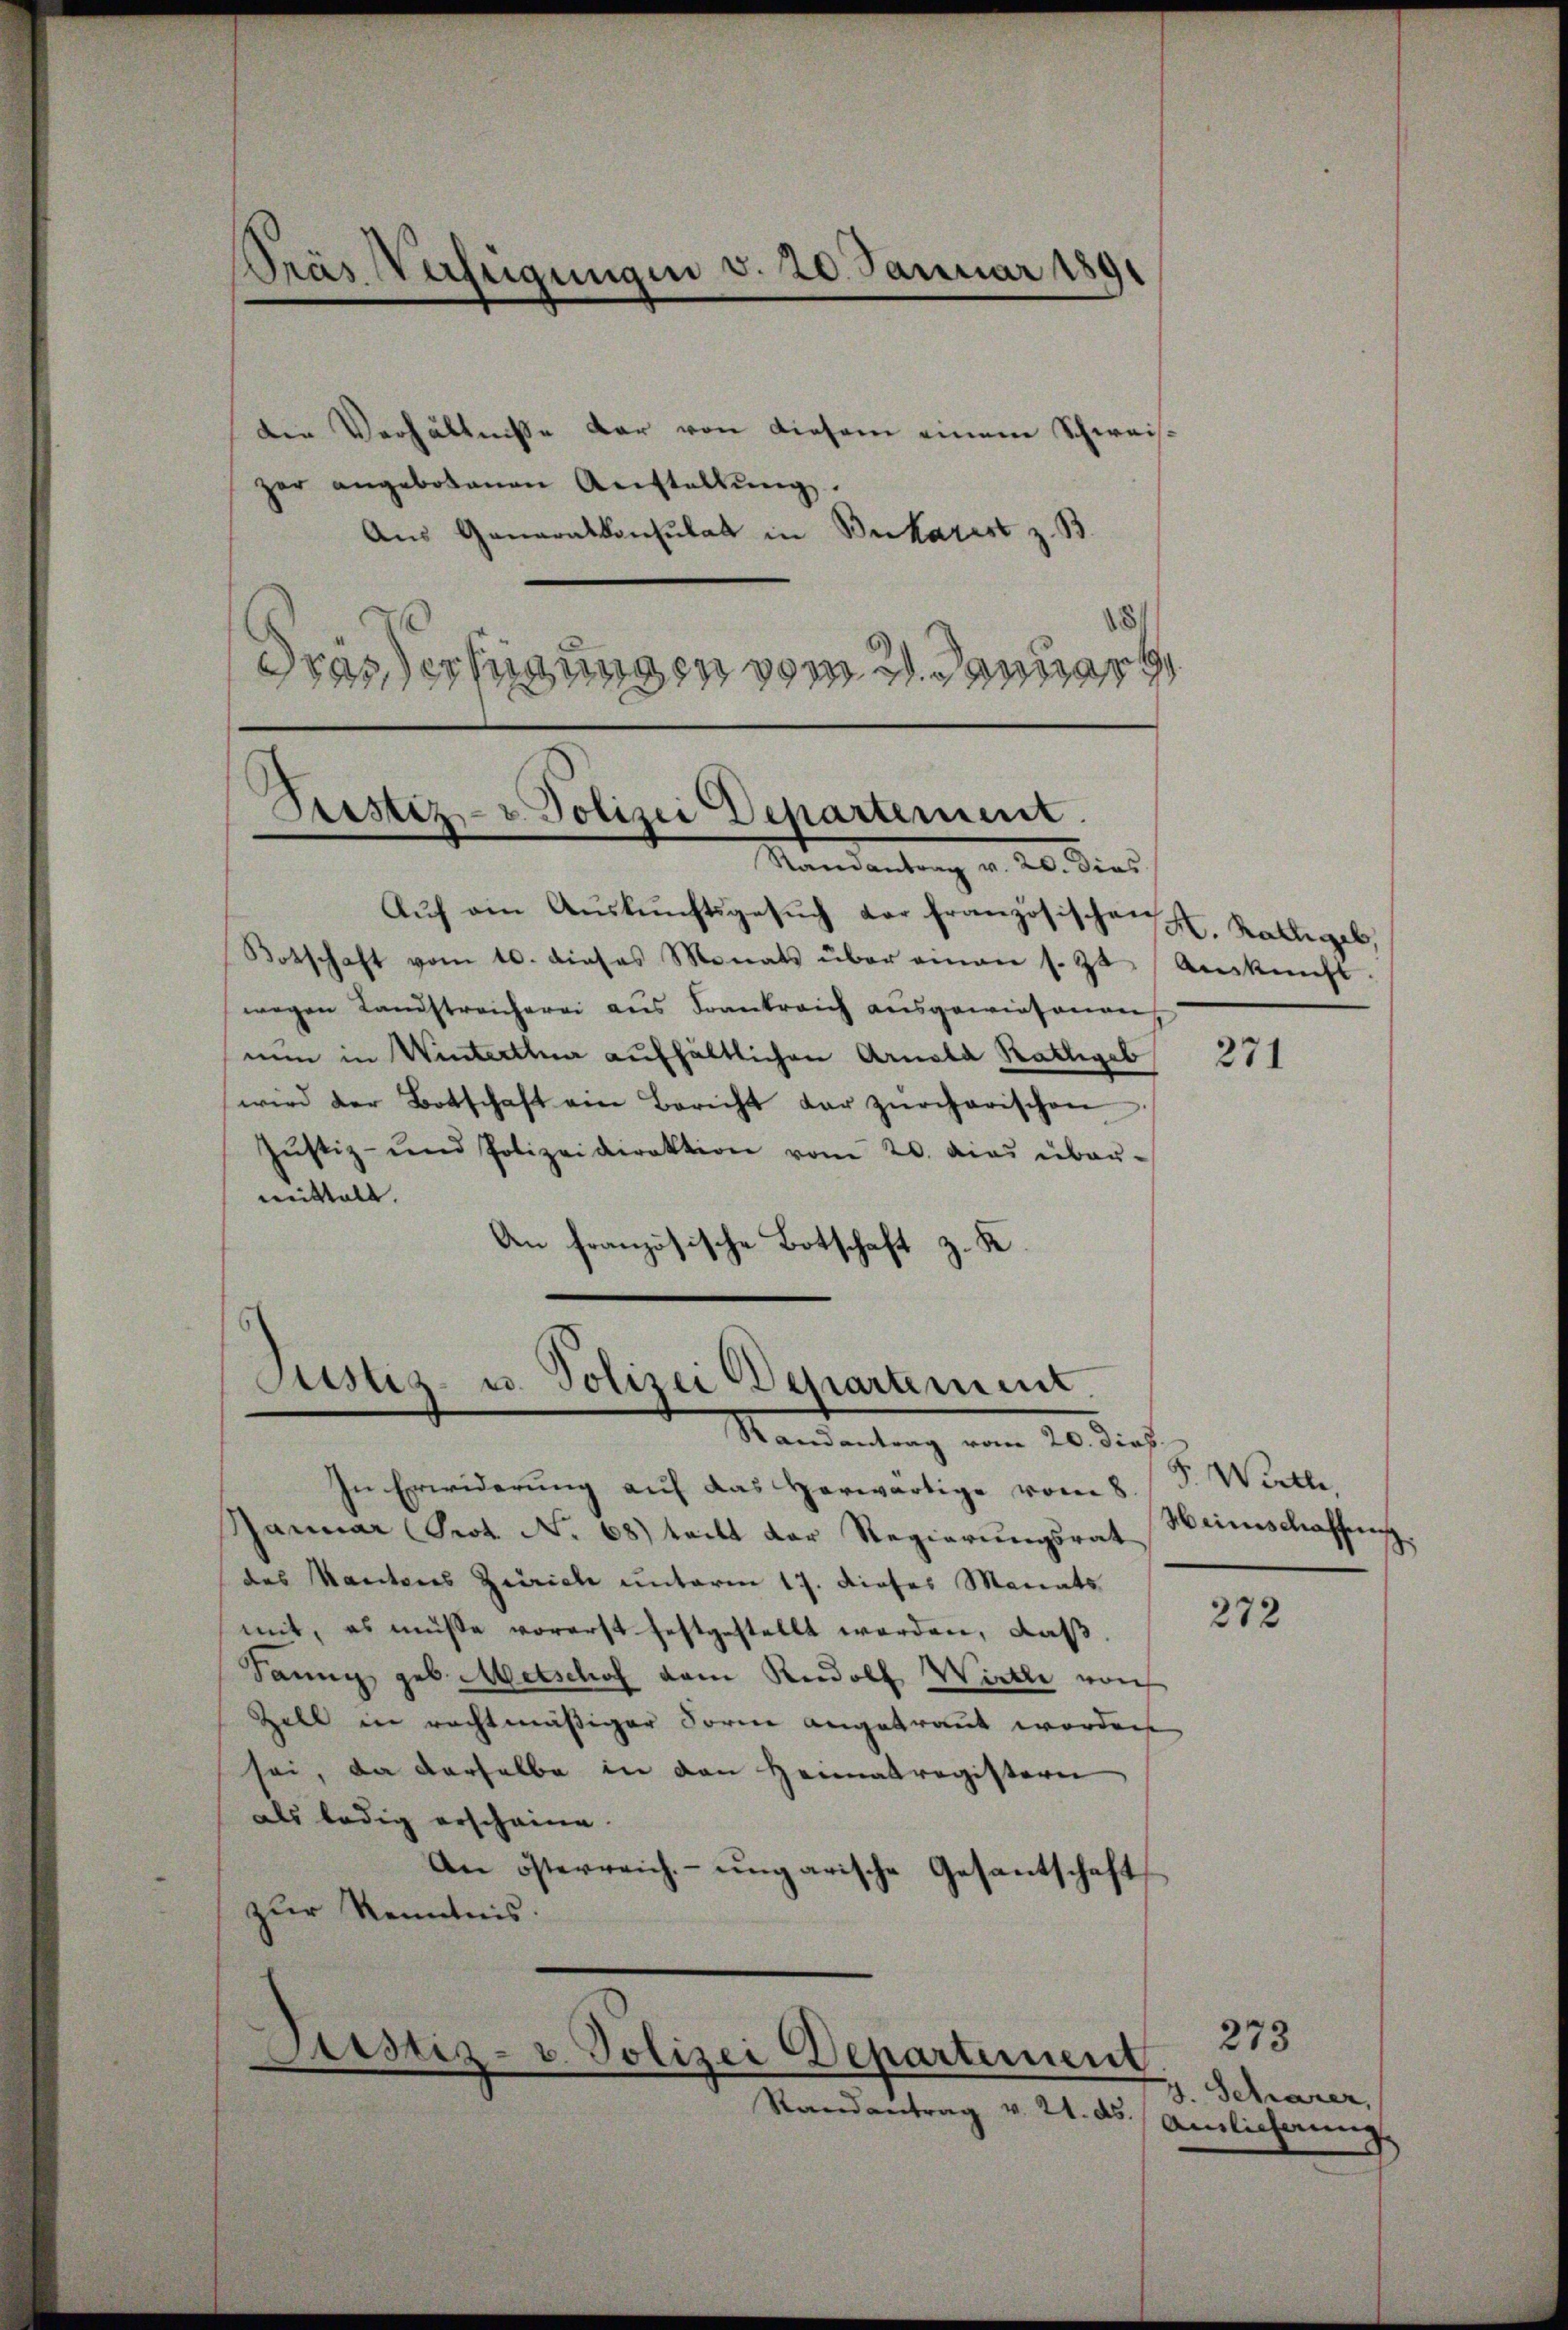
Pras Verfügungen v. 20. Januar 1891

Die Verhältnisse der von diesem einem Schweisger angebotenen Anstallŭng.
Aus Generalkonsulat in Bucharest z. B.
drasser hinungen vom 2. Januar

Seestiz- u. Polizei Departement.

Mandantung v. 20. dies
Auf ein Auskunftsgesuch der französischen
Botschaft vom 10. dieses Monats über einen s. Zt. Aŭskŭnft.
wegen Landstreicherei aus Frankreich ausgewiesenen
nun in Winterthur aufhältlichen Arnold Kattigeb
wird der Botschaft ein Bericht der zürcherischen
Jŭstiz- und Polizeidirektion vom 20. dies über-
mittelt.
An französische Botschaft z. K

Justiz- u. Polizei Departement.
Randantrag vom 20. dies

Justiz- u. Polizei Departement

Randantrag v. 21. ds.

In Erwiderung auf das Horwärtige vom 8.
Januar (Prot. No 68) teilt der Regierungsrat
des Kantons Zürich unterm 17. dieses Monats
mit, es müsse vorerst festgestellt werden, daß
Sang geb. Metschof vom Rudolf Wirthe von
Zell in rechtmäßiger Form angetraut worden
sei, da derselbe in den Heimatregisterei
als ledig erscheine.
An österreich- ungarische Gesantschaft
zur Kenntnis:

H. Kalligel,

271

F. Werthe,
Heimschaffnis

272

273
7. Schraser,
Ainlicherung